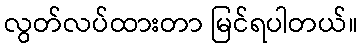
လွတ်လပ်ထားတာ မြင်ရပါတယ်။